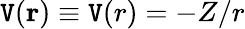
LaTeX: \mathtt{V}(\textbf{{r}})\equiv\mathtt{V}(r)=-Z/r